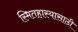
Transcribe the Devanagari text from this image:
स्मितहास्यासाठी